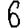
Digit: 6